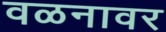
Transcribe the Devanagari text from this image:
वळनावर